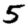
Digit: 5